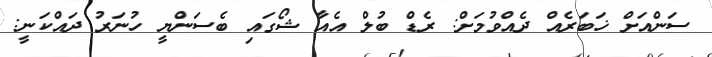
ސަންއަށް ޚަބަރެއް ދެއްވުމަށް: ރެޑް ބުލް އެއާ ޝޯގައި ބެސަންޔީ ހުނަރު ދައްކަނީ: